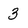
Character: 3